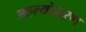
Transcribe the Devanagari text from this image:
अहल्योद्धरण